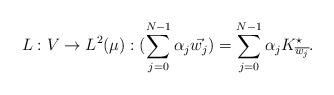
LaTeX: \begin{align*} L:V\to L^2(\mu) : (\sum_{j=0}^{N-1}\alpha_j\vec{w_j})=\sum_{j=0}^{N-1}\alpha_jK_{\overline{w_j}}^\star .\end{align*}